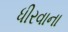
ધીરવાના